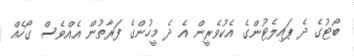
ބޯޓުގެ ދެ ޕައިލެޓުންގެ އެކުވެރީން އެ ދެ މީހުންގެ ފަރާތުން އެއްވެސް ގޯހެއް